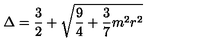
\Delta = \frac { 3 } { 2 } + \sqrt { \frac { 9 } { 4 } + \frac { 3 } { 7 } m ^ { 2 } r ^ { 2 } }